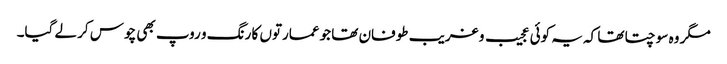
مگر وہ سوچتا تھا کہ یہ کوئی عجیب و غریب طوفان تھا جو عمارتوں کا رنگ و روپ بھی چوس کر لے گیا۔